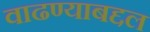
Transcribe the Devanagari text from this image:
वाढण्याबद्दल